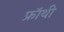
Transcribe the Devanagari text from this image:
फ्रॉथी